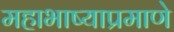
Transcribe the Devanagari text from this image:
महाभाष्याप्रमाणे